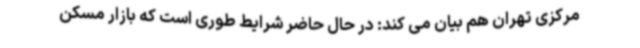
مرکزی تهران هم بیان می کند: در حال حاضر شرایط طوری است که بازار مسکن